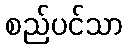
စည်ပင်သာ